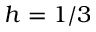
h = 1 / 3